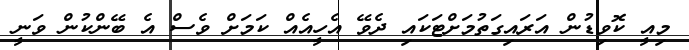
މިއީ ކޮވިޑުން އަރައިގަތުމަށްޓަކައި ދެވޭ އެހީއެއް ކަމަށް ވެސް އެ ބޭންކުން ވަނީ